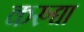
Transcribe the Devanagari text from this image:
करुद्या